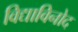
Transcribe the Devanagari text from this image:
विद्याविनोद